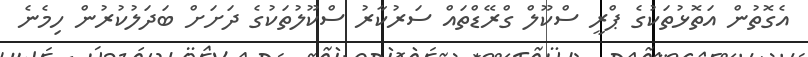
އެގޮތުން އަތޮޅުތަކުގެ ޕްރީ ސްކޫލް ގްރޭޑްތައް ސަރުކާރު ސްކޫލުތަކުގެ ދަށަށް ބަދަލުކުރުން ހިމެނެ